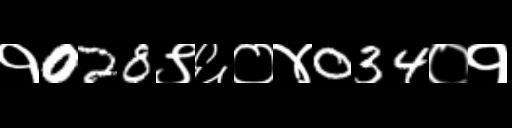
Text: १028९६०४034०१